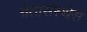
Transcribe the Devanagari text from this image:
चेतासंस्थेस